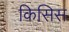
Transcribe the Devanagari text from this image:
किसिस